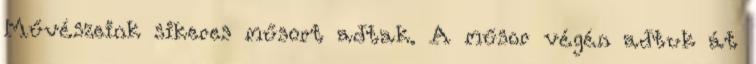
Művészeink sikeres műsort adtak. A műsor végén adtuk át